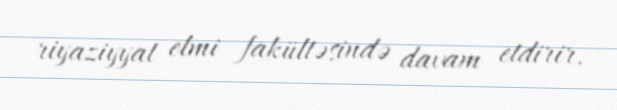
riyaziyyat elmi fakültəsində davam etdirir.